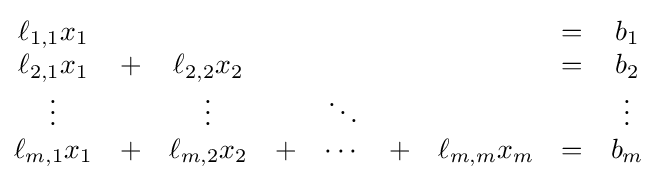
{\begin{matrix}\ell _{1,1}x_{1}&&&&&&&=&b_{1}\\\ell _{2,1}x_{1}&+&\ell _{2,2}x_{2}&&&&&=&b_{2}\\\vdots &&\vdots &&\ddots &&&&\vdots \\\ell _{m,1}x_{1}&+&\ell _{m,2}x_{2}&+&\dotsb &+&\ell _{m,m}x_{m}&=&b_{m}\\\end{matrix}}